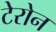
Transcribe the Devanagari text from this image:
टेरोन